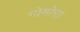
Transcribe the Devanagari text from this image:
गोमोरा